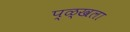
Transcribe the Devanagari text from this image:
प्ळ्खला